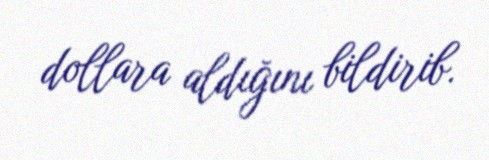
dollara aldığını bildirib.